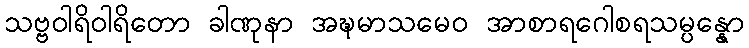
သဗ္ဗဝါရိဝါရိတော ခါဏုနာ အဍ္ဎမာသမေဝ အာစာရဂေါစရသမ္ပန္နော